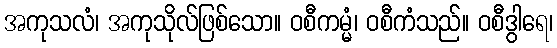
အကုသလံ၊ အကုသိုလ်ဖြစ်သော။ ဝစီကမ္မံ၊ ဝစီကံသည်။ ဝစီဒွါရေ၊